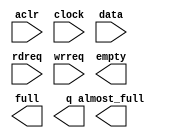
// megafunction wizard: %FIFO%VBB%
// GENERATION: STANDARD
// VERSION: WM1.0
// MODULE: scfifo 

// ============================================================
// Megafunction Name(s):
// 			scfifo
//
// Simulation Library Files(s):
// 			altera_mf
// ============================================================
// ************************************************************
// THIS IS A WIZARD-GENERATED FILE. DO NOT EDIT THIS FILE!
//
// 17.0.2 Build 602 07/19/2017 SJ Lite Edition
// ************************************************************

//Copyright (C) 2017  Intel Corporation. All rights reserved.
//Your use of Intel Corporation's design tools, logic functions 
//and other software and tools, and its AMPP partner logic 
//functions, and any output files from any of the foregoing 
//(including device programming or simulation files), and any 
//associated documentation or information are expressly subject 
//to the terms and conditions of the Intel Program License 
//Subscription Agreement, the Intel Quartus Prime License Agreement,
//the Intel MegaCore Function License Agreement, or other 
//applicable license agreement, including, without limitation, 
//that your use is for the sole purpose of programming logic 
//devices manufactured by Intel and sold by Intel or its 
//authorized distributors.  Please refer to the applicable 
//agreement for further details.

module mandelbrot_32bitx64_buffer (
	aclr,
	clock,
	data,
	rdreq,
	wrreq,
	almost_full,
	empty,
	full,
	q);

	input	  aclr;
	input	  clock;
	input	[31:0]  data;
	input	  rdreq;
	input	  wrreq;
	output	  almost_full;
	output	  empty;
	output	  full;
	output	[31:0]  q;

endmodule

// ============================================================
// CNX file retrieval info
// ============================================================
// Retrieval info: PRIVATE: AlmostEmpty NUMERIC "0"
// Retrieval info: PRIVATE: AlmostEmptyThr NUMERIC "-1"
// Retrieval info: PRIVATE: AlmostFull NUMERIC "1"
// Retrieval info: PRIVATE: AlmostFullThr NUMERIC "32"
// Retrieval info: PRIVATE: CLOCKS_ARE_SYNCHRONIZED NUMERIC "0"
// Retrieval info: PRIVATE: Clock NUMERIC "0"
// Retrieval info: PRIVATE: Depth NUMERIC "64"
// Retrieval info: PRIVATE: Empty NUMERIC "1"
// Retrieval info: PRIVATE: Full NUMERIC "1"
// Retrieval info: PRIVATE: INTENDED_DEVICE_FAMILY STRING "Cyclone V"
// Retrieval info: PRIVATE: LE_BasedFIFO NUMERIC "0"
// Retrieval info: PRIVATE: LegacyRREQ NUMERIC "1"
// Retrieval info: PRIVATE: MAX_DEPTH_BY_9 NUMERIC "0"
// Retrieval info: PRIVATE: OVERFLOW_CHECKING NUMERIC "0"
// Retrieval info: PRIVATE: Optimize NUMERIC "0"
// Retrieval info: PRIVATE: RAM_BLOCK_TYPE NUMERIC "0"
// Retrieval info: PRIVATE: SYNTH_WRAPPER_GEN_POSTFIX STRING "0"
// Retrieval info: PRIVATE: UNDERFLOW_CHECKING NUMERIC "0"
// Retrieval info: PRIVATE: UsedW NUMERIC "0"
// Retrieval info: PRIVATE: Width NUMERIC "32"
// Retrieval info: PRIVATE: dc_aclr NUMERIC "0"
// Retrieval info: PRIVATE: diff_widths NUMERIC "0"
// Retrieval info: PRIVATE: msb_usedw NUMERIC "0"
// Retrieval info: PRIVATE: output_width NUMERIC "32"
// Retrieval info: PRIVATE: rsEmpty NUMERIC "1"
// Retrieval info: PRIVATE: rsFull NUMERIC "0"
// Retrieval info: PRIVATE: rsUsedW NUMERIC "0"
// Retrieval info: PRIVATE: sc_aclr NUMERIC "1"
// Retrieval info: PRIVATE: sc_sclr NUMERIC "0"
// Retrieval info: PRIVATE: wsEmpty NUMERIC "0"
// Retrieval info: PRIVATE: wsFull NUMERIC "1"
// Retrieval info: PRIVATE: wsUsedW NUMERIC "0"
// Retrieval info: LIBRARY: altera_mf altera_mf.altera_mf_components.all
// Retrieval info: CONSTANT: ADD_RAM_OUTPUT_REGISTER STRING "OFF"
// Retrieval info: CONSTANT: ALMOST_FULL_VALUE NUMERIC "32"
// Retrieval info: CONSTANT: INTENDED_DEVICE_FAMILY STRING "Cyclone V"
// Retrieval info: CONSTANT: LPM_NUMWORDS NUMERIC "64"
// Retrieval info: CONSTANT: LPM_SHOWAHEAD STRING "OFF"
// Retrieval info: CONSTANT: LPM_TYPE STRING "scfifo"
// Retrieval info: CONSTANT: LPM_WIDTH NUMERIC "32"
// Retrieval info: CONSTANT: LPM_WIDTHU NUMERIC "6"
// Retrieval info: CONSTANT: OVERFLOW_CHECKING STRING "ON"
// Retrieval info: CONSTANT: UNDERFLOW_CHECKING STRING "ON"
// Retrieval info: CONSTANT: USE_EAB STRING "ON"
// Retrieval info: USED_PORT: aclr 0 0 0 0 INPUT NODEFVAL "aclr"
// Retrieval info: USED_PORT: almost_full 0 0 0 0 OUTPUT NODEFVAL "almost_full"
// Retrieval info: USED_PORT: clock 0 0 0 0 INPUT NODEFVAL "clock"
// Retrieval info: USED_PORT: data 0 0 32 0 INPUT NODEFVAL "data[31..0]"
// Retrieval info: USED_PORT: empty 0 0 0 0 OUTPUT NODEFVAL "empty"
// Retrieval info: USED_PORT: full 0 0 0 0 OUTPUT NODEFVAL "full"
// Retrieval info: USED_PORT: q 0 0 32 0 OUTPUT NODEFVAL "q[31..0]"
// Retrieval info: USED_PORT: rdreq 0 0 0 0 INPUT NODEFVAL "rdreq"
// Retrieval info: USED_PORT: wrreq 0 0 0 0 INPUT NODEFVAL "wrreq"
// Retrieval info: CONNECT: @aclr 0 0 0 0 aclr 0 0 0 0
// Retrieval info: CONNECT: @clock 0 0 0 0 clock 0 0 0 0
// Retrieval info: CONNECT: @data 0 0 32 0 data 0 0 32 0
// Retrieval info: CONNECT: @rdreq 0 0 0 0 rdreq 0 0 0 0
// Retrieval info: CONNECT: @wrreq 0 0 0 0 wrreq 0 0 0 0
// Retrieval info: CONNECT: almost_full 0 0 0 0 @almost_full 0 0 0 0
// Retrieval info: CONNECT: empty 0 0 0 0 @empty 0 0 0 0
// Retrieval info: CONNECT: full 0 0 0 0 @full 0 0 0 0
// Retrieval info: CONNECT: q 0 0 32 0 @q 0 0 32 0
// Retrieval info: GEN_FILE: TYPE_NORMAL mandelbrot_32bitx64_buffer.v TRUE
// Retrieval info: GEN_FILE: TYPE_NORMAL mandelbrot_32bitx64_buffer.inc FALSE
// Retrieval info: GEN_FILE: TYPE_NORMAL mandelbrot_32bitx64_buffer.cmp TRUE
// Retrieval info: GEN_FILE: TYPE_NORMAL mandelbrot_32bitx64_buffer.bsf TRUE
// Retrieval info: GEN_FILE: TYPE_NORMAL mandelbrot_32bitx64_buffer_inst.v FALSE
// Retrieval info: GEN_FILE: TYPE_NORMAL mandelbrot_32bitx64_buffer_bb.v TRUE
// Retrieval info: LIB_FILE: altera_mf